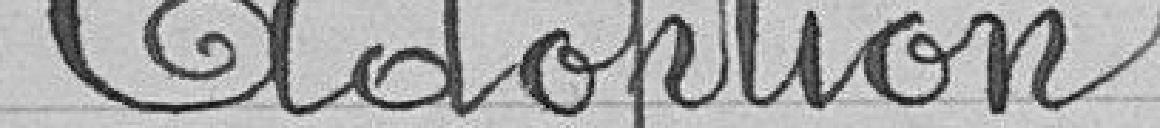
Adoption